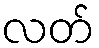
လတ်